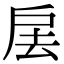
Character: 㧁